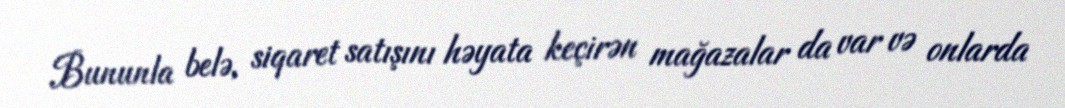
Bununla belə, siqaret satışını həyata keçirən mağazalar da var və onlarda